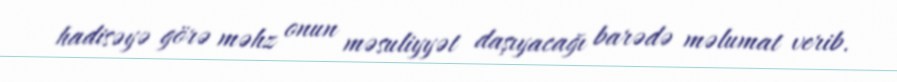
hadisəyə görə məhz onun məsuliyyət daşıyacağı barədə məlumat verib.